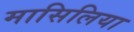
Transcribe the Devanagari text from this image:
मासिलिया